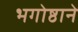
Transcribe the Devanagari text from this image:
भगोष्ठाने